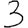
Digit: 3